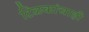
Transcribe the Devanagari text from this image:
टिळकांचाही